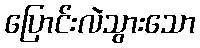
ပြောင်းလဲသွားသော